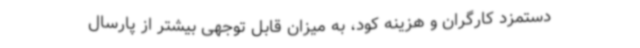
دستمزد کارگران و هزینه کود، به میزان قابل‌ توجهی بیشتر از پارسال